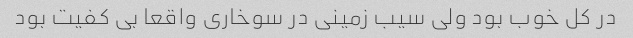
در کل خوب بود ولی سیب زمینی در سوخاری واقعا بی کفیت بود